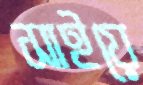
সাইয়ে